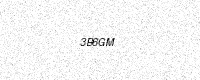
Text: 3B6GM